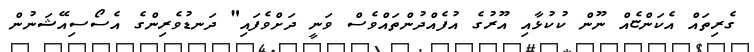
ގެރިތައް އެކަންޏެއް ނޫން ކުކުޅާއި އޫރުގެ އުފެއްދުންތައްވެސް ވަނީ ދަށްވެފައި" ދަނޑުވެރިންގެ އެސޯސިއޭޝަނުން